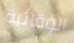
الوقائية